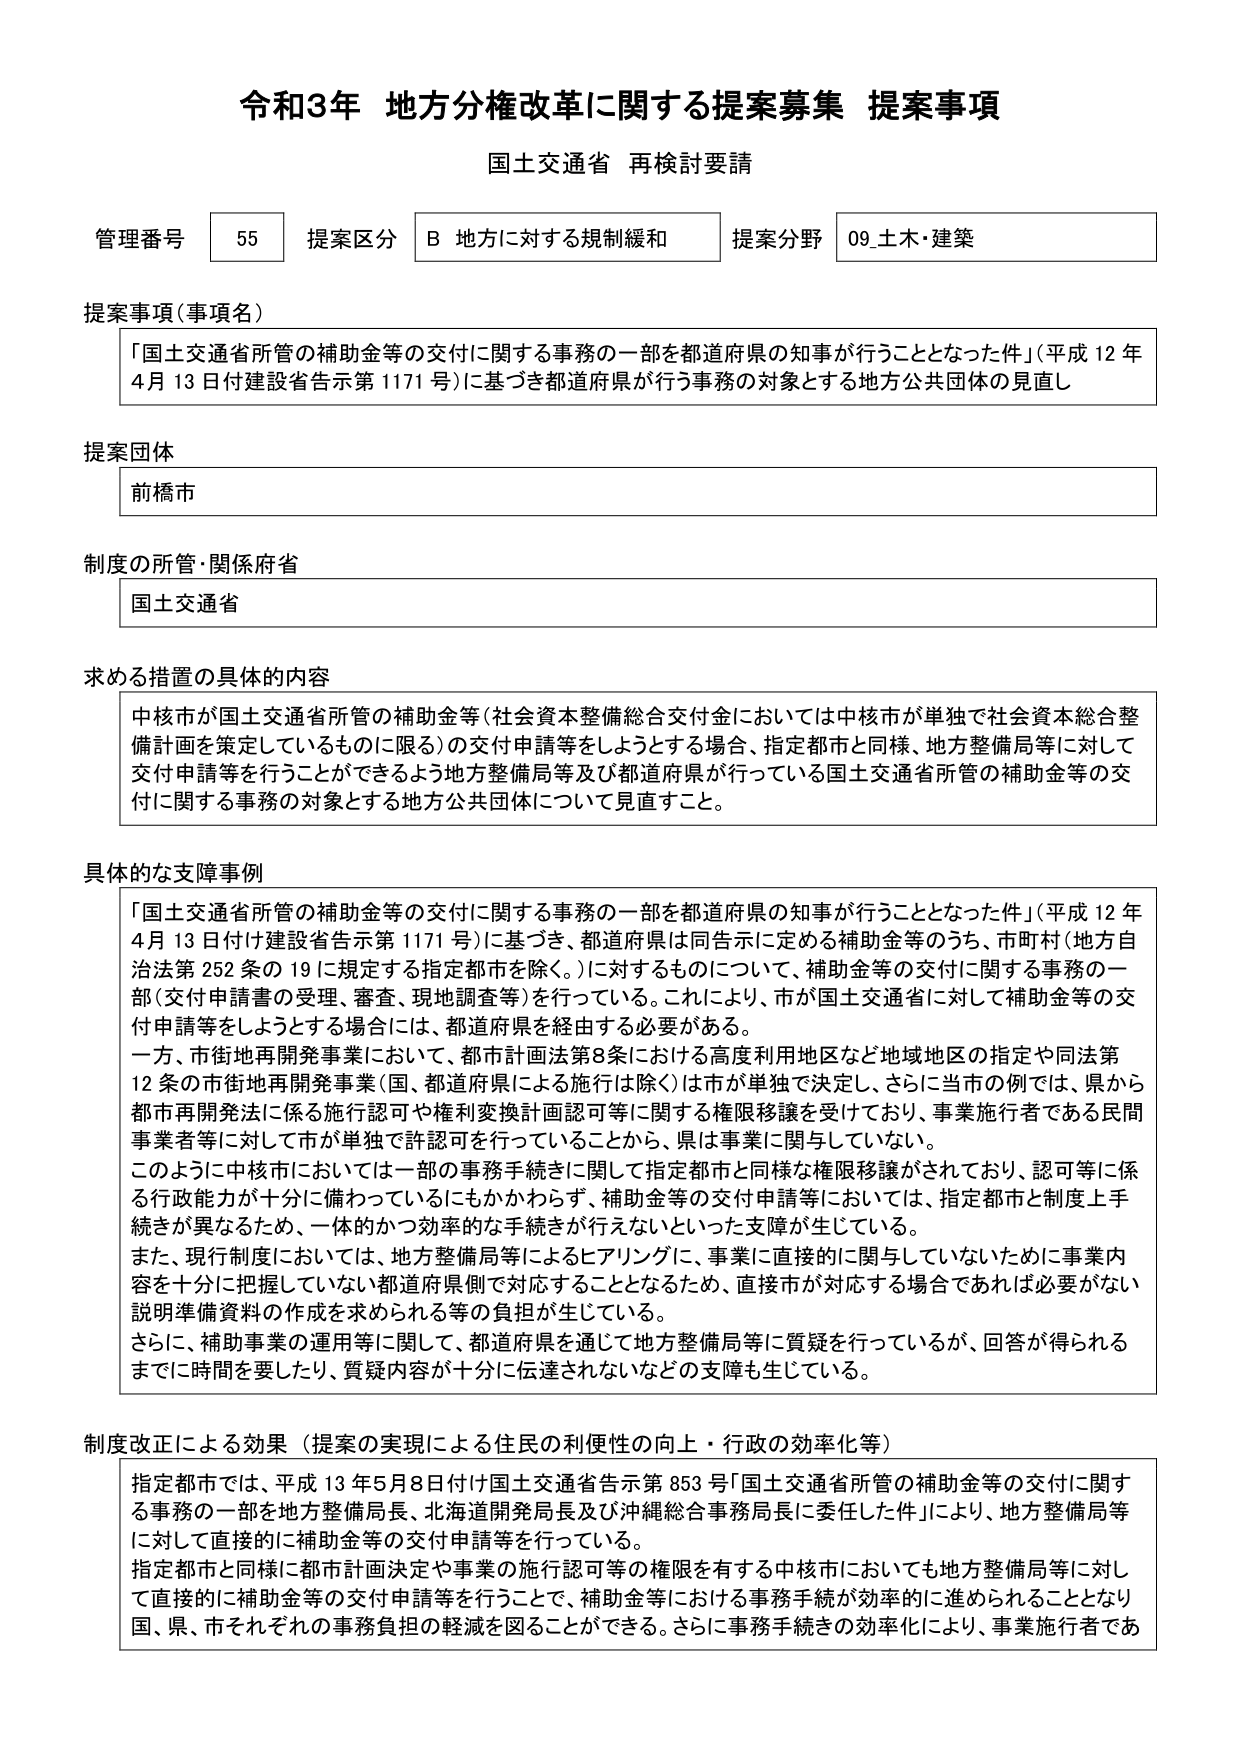
令和3年 地方分権改革に関する提案募集 提案事項
国土交通省 再検討要請

管理番号 55 提案区分 B 地方に対する規制緩和 提案分野 09_土木・建築

提案事項（事項名）
「国土交通省所管の補助金等の交付に関する事務の一部を都道府県の知事が行うこととなった件」（平成12年4月13日付建設省告示第1171号）に基づき都道府県が行う事務の対象とする地方公共団体の見直し

提案団体
前橋市

制度の所管・関係府省
国土交通省

求める措置の具体的内容
中核市が国土交通省所管の補助金等（社会資本整備総合交付金においては中核市が単独で社会資本総合整備計画を策定しているものに限る）の交付申請等をしようとする場合、指定都市と同様、地方整備局等に対して交付申請等を行うことができるよう地方整備局等及び都道府県が行っている国土交通省所管の補助金等の交付に関する事務の対象とする地方公共団体について見直すこと。

具体的な支障事例
「国土交通省所管の補助金等の交付に関する事務の一部を都道府県の知事が行うこととなった件」（平成12年4月13日付建設省告示第1171号）に基づき、都道府県は同告示に定める補助金等のうち、市町村（地方自治法第252条の19に規定する指定都市を除く。）に対するものについて、補助金等の交付に関する事務の一部（交付申請書の受理、審査、現地調査等）を行っている。これにより、市が国土交通省に対して補助金等の交付申請等をしようとする場合には、都道府県を経由する必要がある。
一方、市街地再開発事業において、都市計画法第8条における高度利用地区など地域地区の指定や同法第12条の市街地再開発事業（国、都道府県による施行は除く）は市が単独で決定し、さらに当市の例では、県から都市再開発法に係る施行認可や権利変換計画認可等に関する権限移譲を受けており、事業施行者である民間事業者等に対して市が単独で許認可を行っていることから、県は事業に関与していない。
このように中核市においては一部の事務手続きに関して指定都市と同様な権限移譲がされており、認可等に係る行政能力が十分に備わっているにもかかわらず、補助金等の交付申請等においては、指定都市と制度上手続きが異なるため、一体的かつ効率的な手続きが行えないといった支障が生じている。
また、現行制度においては、地方整備局等によるヒアリングに、事業に直接的に関与していないために事業内容を十分に把握していない都道府県側で対応することとなるため、直接市が対応する場合であれば必要がない説明準備資料の作成を求められる等の負担が生じている。
さらに、補助事業の運用等に関して、都道府県を通じて地方整備局等に質疑を行っているが、回答が得られるまでに時間を要したり、質疑内容が十分に伝達されないなどの支障も生じている。

制度改正による効果（提案の実現による住民の利便性の向上・行政の効率化等）
指定都市では、平成13年5月8日付け国土交通省告示第853号「国土交通省所管の補助金等の交付に関する事務の一部を地方整備局長、北海道開発局長及び沖縄総合事務局長に委任した件」により、地方整備局等に対して直接的に補助金等の交付申請等を行っている。
指定都市と同様に都市計画決定や事業の施行認可等の権限を有する中核市においても地方整備局等に対して直接的に補助金等の交付申請等を行うことで、補助金等における事務手続きが効率的に進められることとなり、国、県、市それぞれの事務負担の軽減を図ることができる。さらに事務手続きの効率化により、事業施行者であ